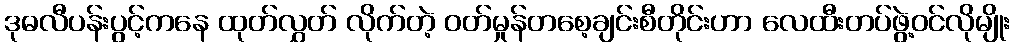
ဒုဓလီပန်းပွင့်ကနေ ထုတ်လွှတ် လိုက်တဲ့ ဝတ်မှုန်တစေ့ချင်းစီတိုင်းဟာ လေထီးတပ်ဖွဲ့ဝင်လိုမျိုး